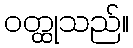
ဝတ္ထုသည်။